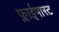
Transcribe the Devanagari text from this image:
फ्लाईपास्ट